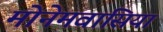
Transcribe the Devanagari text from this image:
मोनेमवासिया